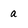
Character: a